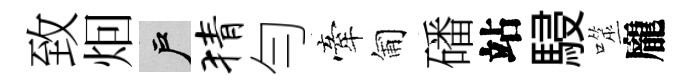
致𤇆户猜勻牽匍磻站駸噬龐